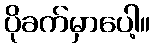
ပိုခက်မှာပေါ့။